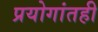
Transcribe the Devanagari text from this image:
प्रयोगांतही